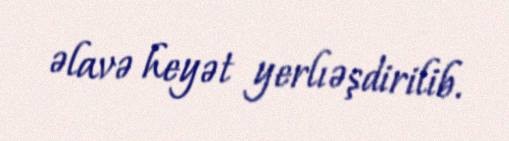
əlavə heyət yerlıəşdirilib.